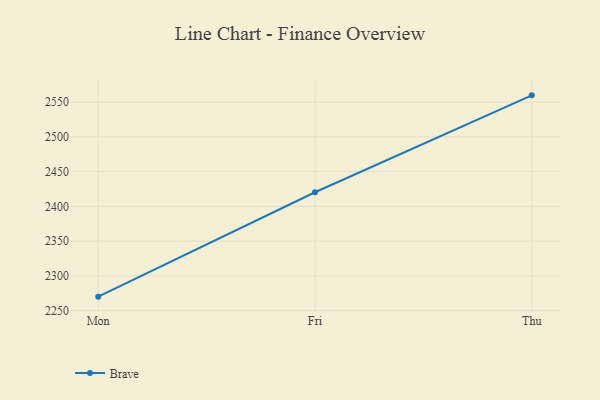
{"axis": {"x": "Day", "y": "Headcount"}, "legend": ["Brave"], "data": [{"x": "Mon", "y": 2270.2, "type": "Brave"}, {"x": "Fri", "y": 2420.3, "type": "Brave"}, {"x": "Thu", "y": 2559.7, "type": "Brave"}]}